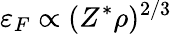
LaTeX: \varepsilon_{F}\propto(Z^{*}\rho)^{2/3}